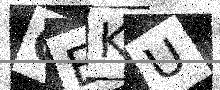
Text: OEKU